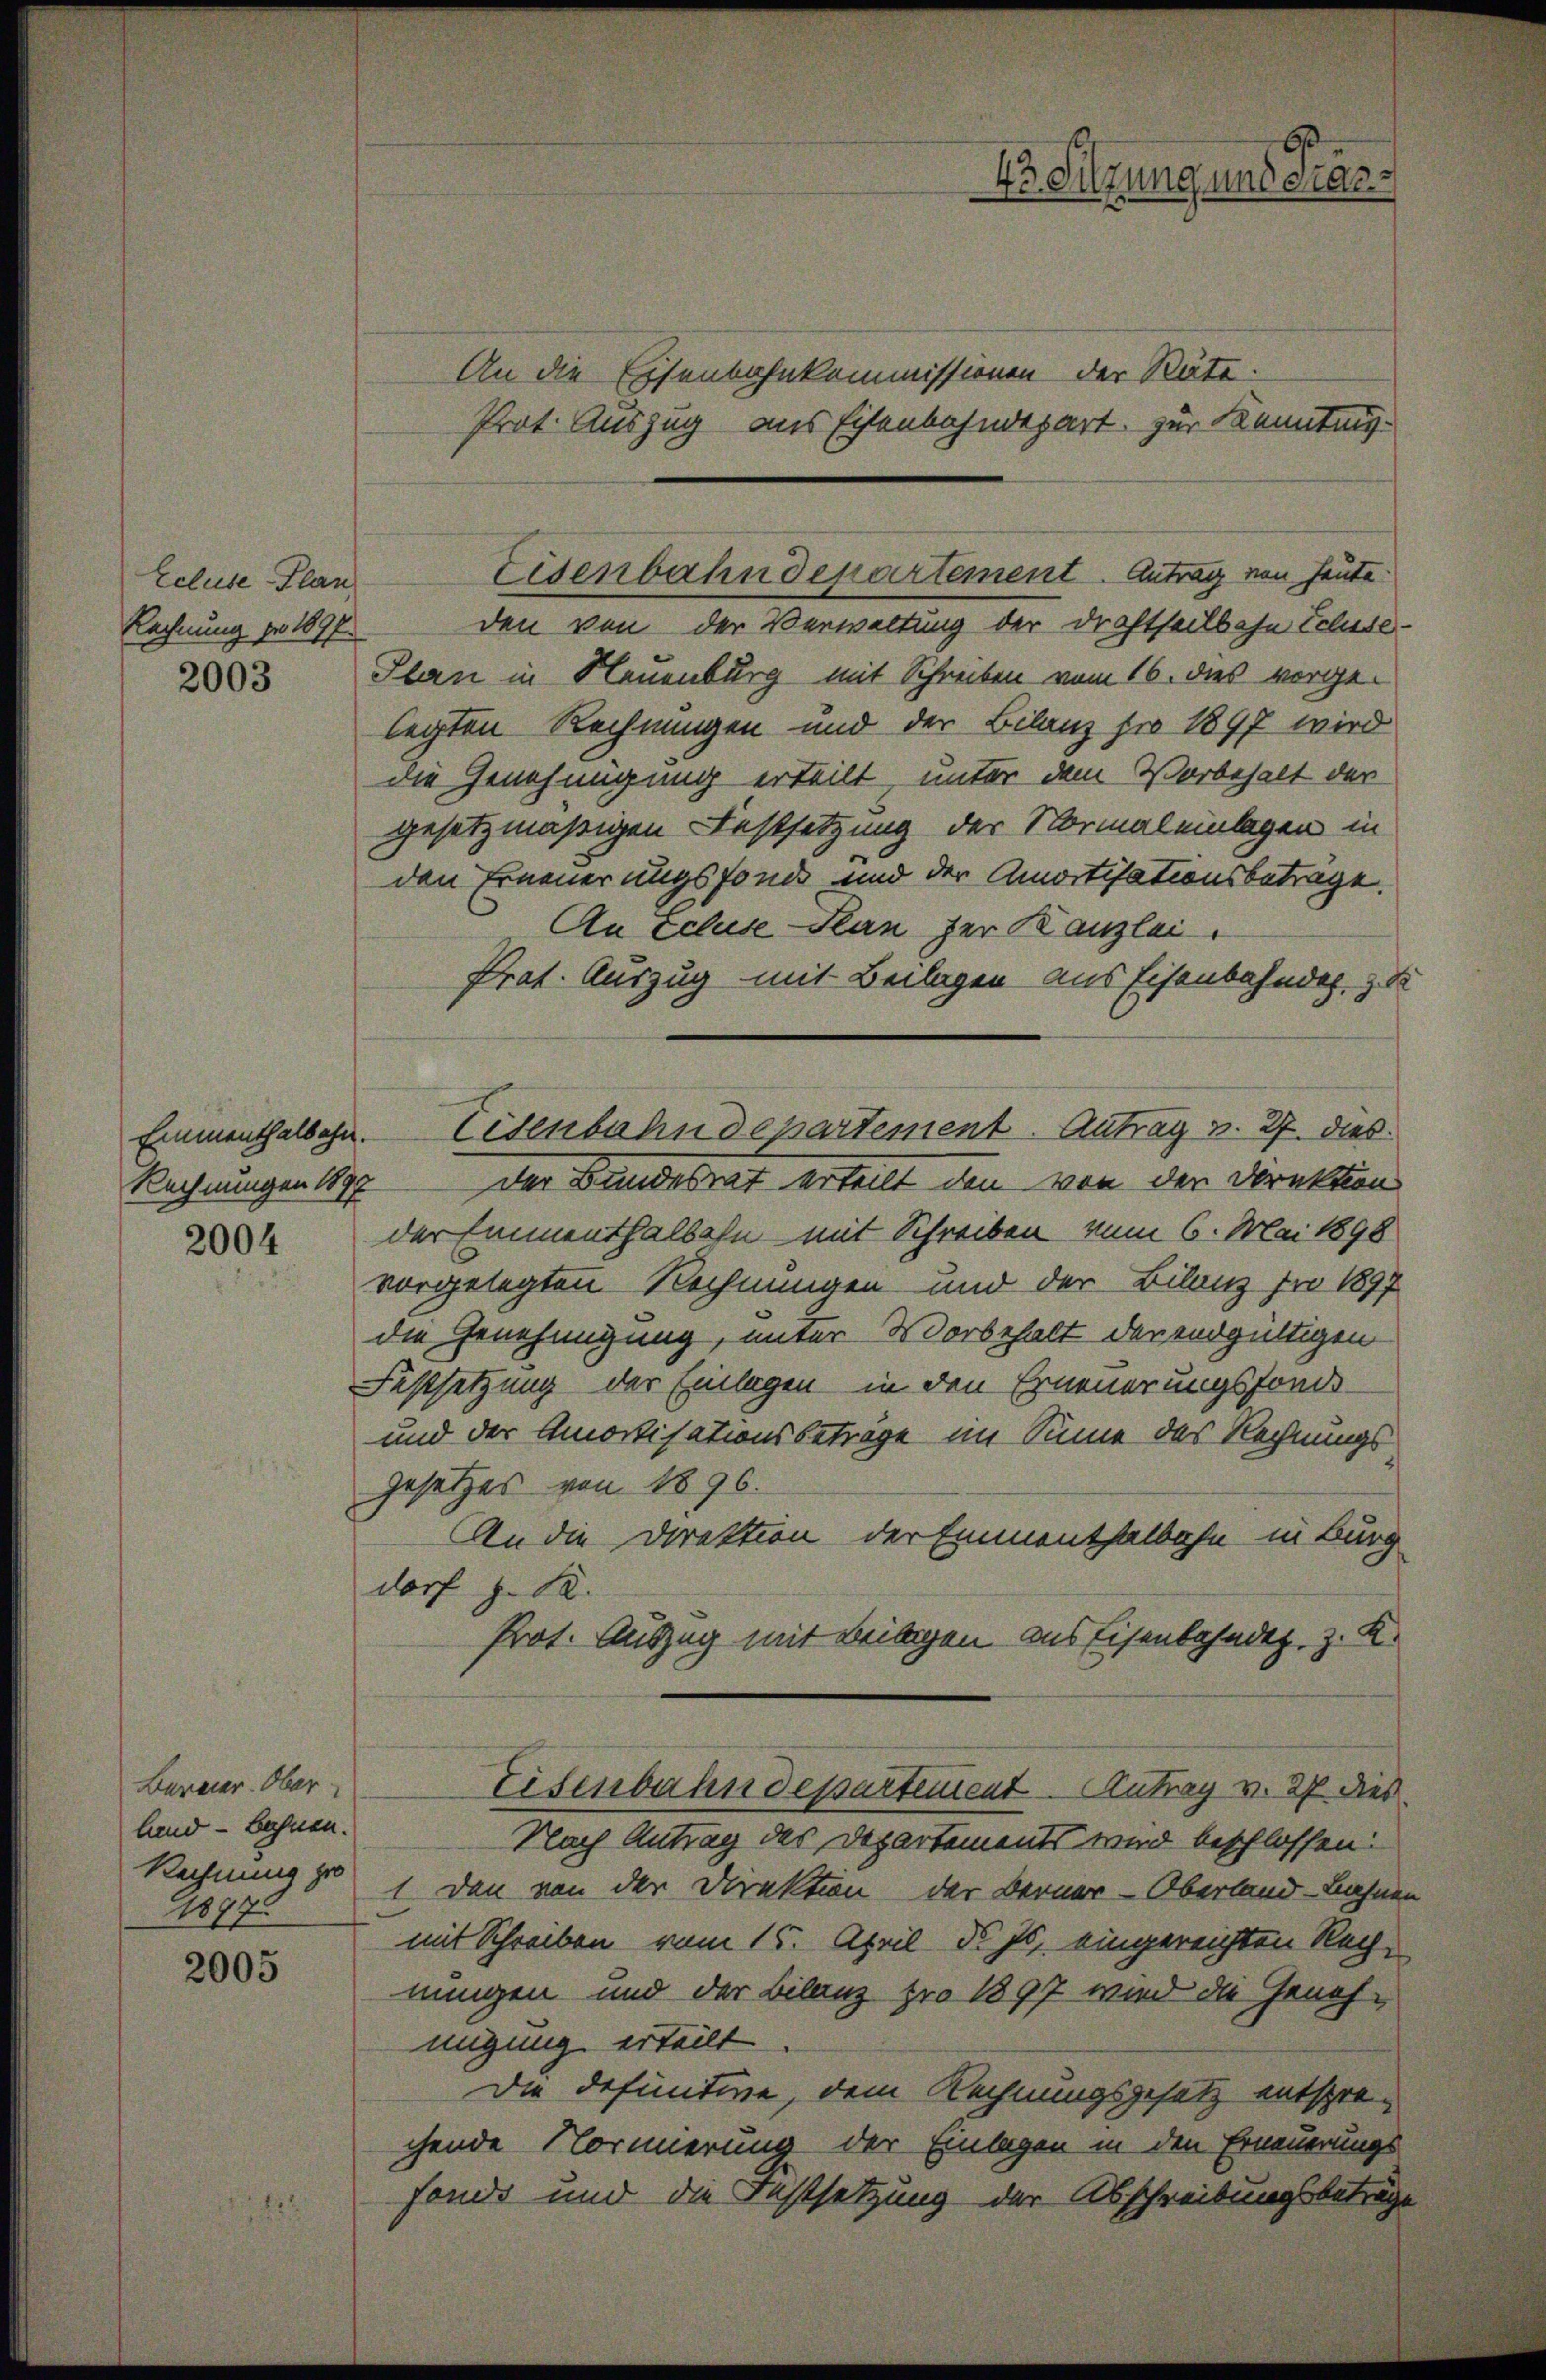
Ecluse-Plan
Rechnung pr 1897

Emmenthalbahn.
Rechnungen 1897

2004

Berner-Ober-
land - Bahnen.
Rechnung pro
1897.

2005

An die Eisenbahnkommissionen der Säte.
Prot. Auszug aus Eisenbahndepart zur Kenntnis.
den von der Verwaltung der Drahtheilbahn Ecluse.
2883 Plan in Neuenburg mit Schreiben vom 16. dies vorge-
legten Rechnungen und der Bilanz pro 1897 wird
die Genehmigung erteilt, unter dem Vorbehalt der
gesetzmäßigen Festsetzung der Normal einlagen in
den Erneuerungsfonde und der Amortisationsbetrage.
An Eclure Plan der Kanzlei.
Prat. Auszug mit Beilagen aus Eisenbahndet, zu
der Bundesrat erteilt den von der Direktion
der Emmenthalbahn mit Schreiben vom 6. Mai 1898
vorgelegten Rechnungen und der Bilanz pro 1897
die Genehmigung, unter Vorbehalt der endgültigen
Festsetzung der Einlagen in den Erneuerungsfonde¬
und der Amortisationsbeträge im Sinne des Rechnungs¬
Gesetzes von 1896.
An die Direktion der Emmenthalbahn in Bürg
dorf S. 12.
Prot. Auszug mit Beibrigen aus Eisenbahndet, z. K.
Eisenbahndepartement Antrag v. 27 dies
Nach Antrag des Departements wird beschlossen:
1 den von der Direktion der Berner-Oberland- Lahnen
mit Schreiben vom 15. April d. Js. eingereichten Rechnungen und der Bilanz pro 1897 wird die Genehmigung erteilt.
Die definitive, dem Rechnungsgesetz entsprechende Normerung der Einlagen in den Erneuerungs
fonde und die Festsetzung der Abschreibungsbeträge

Eisenbahndepartement Antrag von Heute.

Eisenbahndepartement. Antrag v. 27. dies

43. Sitzung und Präs